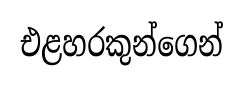
එළහරකුන්ගෙන්